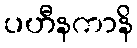
ပဟီနကာနိ